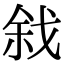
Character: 𢧅